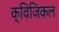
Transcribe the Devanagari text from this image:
क्विजिकल